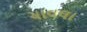
ચાવલા